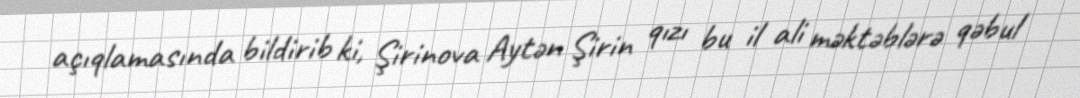
açıqlamasında bildirib ki, Şirinova Aytən Şirin qızı bu il ali məktəblərə qəbul